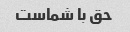
حق با شماست